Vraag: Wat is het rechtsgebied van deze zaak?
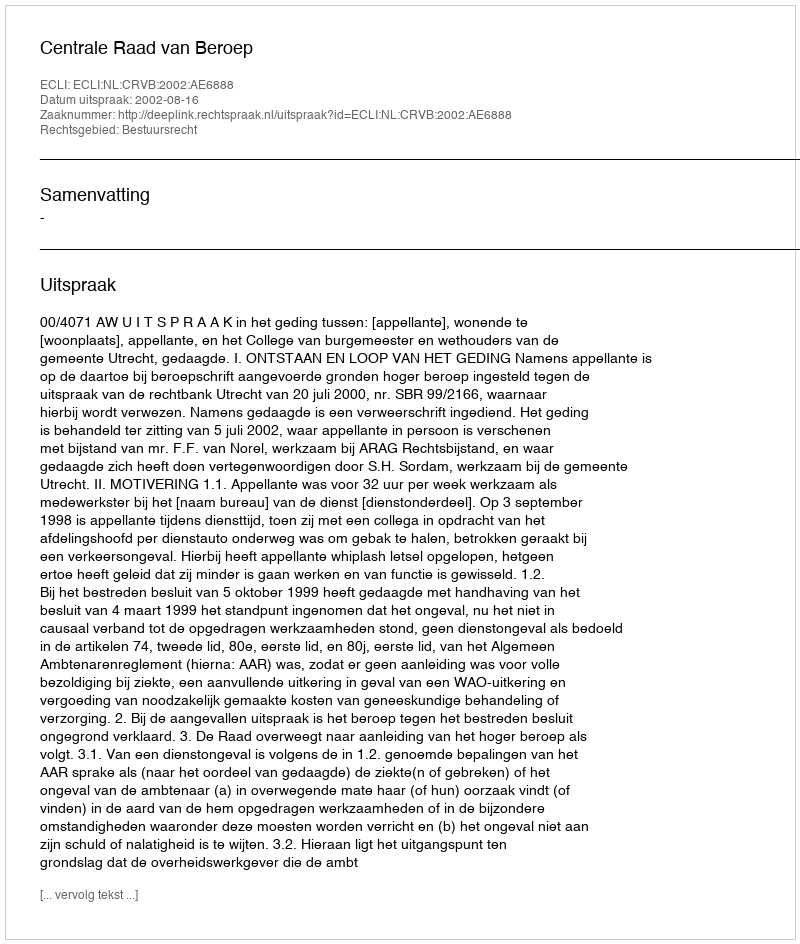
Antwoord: Bestuursrecht